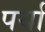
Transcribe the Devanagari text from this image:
पर्या